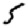
Digit: 5